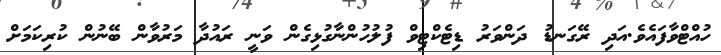
ހުއްޓްވާފައެވެ.އަދި ރޭގަނޑު ދަންވަރު ޑިޓެކްޓިވް ފުލުހުންނާގުޅިގެން ވަނީ ރައުދާ މަރުވާން ބޭނުން ކުރިކަމަށް